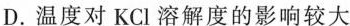
D.温度对KCl溶解度的影响较大